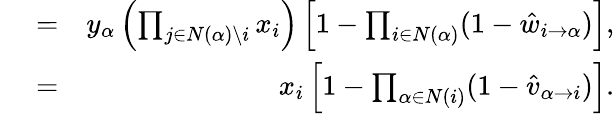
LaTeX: \begin{array}{rlr}{\! \! \! \! \! \! \! \! \! \hat{s}_{\alpha}}&{{}=}&{y_{\alpha}\left(\prod_{j\in N(\alpha)\setminus i}x_{i}\right)\left[1-\prod_{i\in N(\alpha)}(1-\hat{w}_{i\rightarrow\alpha})\right],}\\ {\! \! \! \! \! \! \! \! \! \hat{r}_{i}}&{{}=}&{x_{i}\left[1-\prod_{\alpha\in N(i)}(1-\hat{v}_{\alpha\rightarrow i})\right].}\end{array}